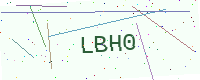
Text: LBH0